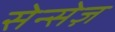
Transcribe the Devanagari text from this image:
सेन्सेज़